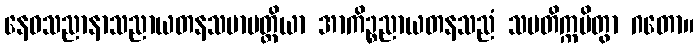
နေဝသညာနာသညာယတနသမာပတ္တိယာ အာကိဉ္စညာယတနသညံ သမတိက္ကမိတွာ ဂတော။